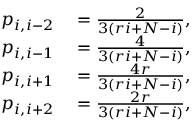
\begin{array} { r l } { p _ { i , i - 2 } } & { { } = \frac { 2 } { 3 ( r i + N - i ) } , } \\ { p _ { i , i - 1 } } & { { } = \frac { 4 } { 3 ( r i + N - i ) } , } \\ { p _ { i , i + 1 } } & { { } = \frac { 4 r } { 3 ( r i + N - i ) } , } \\ { p _ { i , i + 2 } } & { { } = \frac { 2 r } { 3 ( r i + N - i ) } , } \end{array}